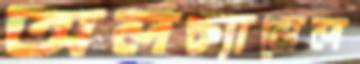
অলচ্যানেল